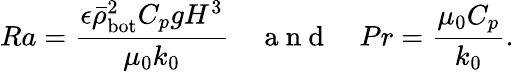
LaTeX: Ra=\frac{\epsilon\bar{\rho}_{\mathrm{bot}}^{2}C_{p}gH^{3}}{\mu_{0}k_{0}}\quad\mathrm{~a~n~d~}\quad Pr=\frac{\mu_{0}C_{p}}{k_{0}}.